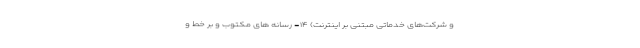
و شرکت‌های خدماتی مبتنی بر اینترنت) ۱۴- رسانه های مکتوب و بر خط و